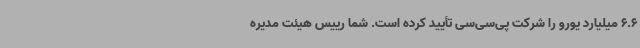
6.6 میلیارد یورو را شرکت پی‌سی‌سی تأیید کرده است. شما رییس هیئت مدیره